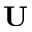
\mathbf { U }